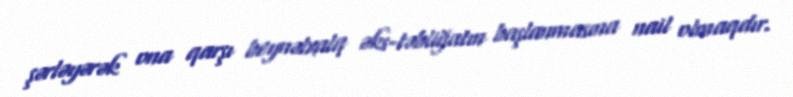
şərləyərək ona qarşı beynəlxalq əks-təbliğatın başlanmasına nail olmaqdır.